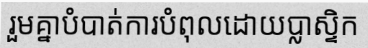
រួមគ្នាបំបាត់ការបំពុលដោយប្លាស្ទិក